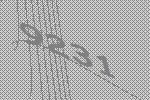
9231